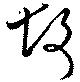
故